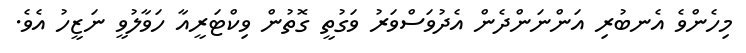
މިހެންވެ އެނބުރި އަންނަންދެން އެދުވަސްވަރު ވަގުތީ ގޮތުން ވިކްޓަރީއާ ހަވާލުވީ ނަޒީހު އެވެ.